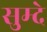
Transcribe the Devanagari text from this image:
सुम्दे